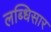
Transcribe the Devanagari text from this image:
लब्धिसार